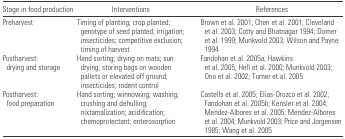
<table><thead><tr><td><b>Stage in food production</b></td><td><b>Interventions</b></td><td><b>References</b></td></tr></thead><tbody><tr><td>Preharvest</td><td>Timing of planting; crop planted; genotype of seed planted; irrigation; insecticides; competitive exclusion; timing of harvest</td><td>Brown et al. 2001; Chen et al. 2001; Cleveland et al. 2003; Cotty and Bhatnagar 1994; Dorner et al. 1999; Munkvold 2003; Wilson and Payne 1994</td></tr><tr><td>Postharvest: drying and storage</td><td>Hand sorting; drying on mats; sun drying; storing bags on wooden pallets or elevated off ground; insecticides; rodent control</td><td>Fandohan et al. 2005a; Hawkins et al. 2005; Hell et al. 2000; Munkvold 2003; Ono et al. 2002; Turner et al. 2005</td></tr><tr><td>Postharvest: food preparation</td><td>Hand sorting; winnowing; washing; crushing and dehulling; nixtamalization; acidification; chemoprotectant; enterosorption</td><td>Castells et al. 2005; Elias-Orozco et al. 2002; Fandohan et al. 2005b; Kensler et al. 2004; Mendez-Albores et al. 2005; Mendez-Albores et al. 2004; Munkvold 2003; Price and Jorgensen1985; Wang et al. 2005</td></tr></tbody></table>